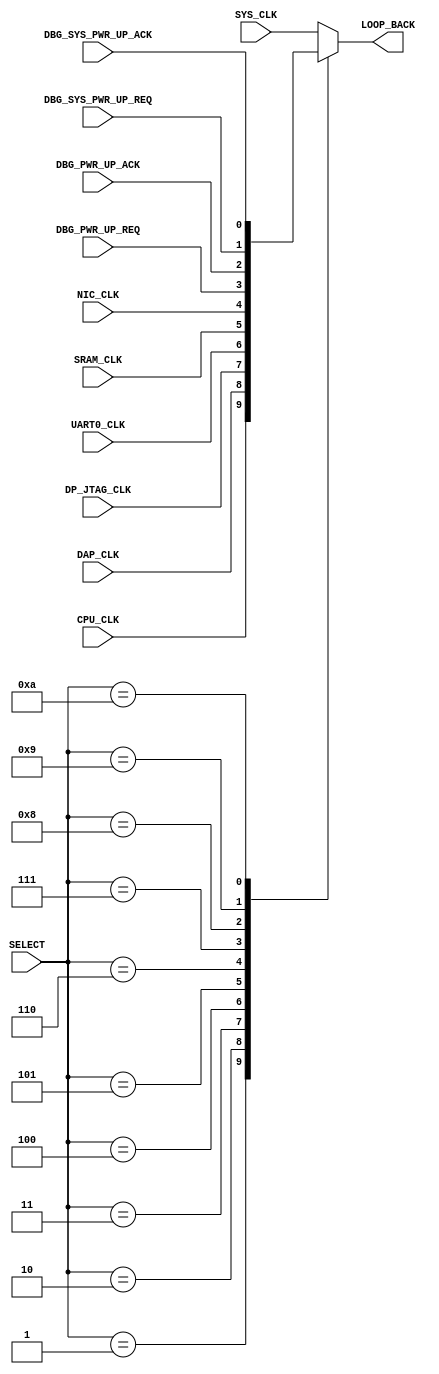
//-----------------------------------------------------------------------------
// Verilog 2001 (IEEE Std 1364-2001)
//-----------------------------------------------------------------------------
// Purpose: LoopBack Control
//------------------------------------------------------------------------------
//
//------------------------------------------------------------------------------
module AhaLoopBackGen (
  input   wire  [3:0]     SELECT,

  // Clocks
  input   wire            SYS_CLK,
  input   wire            CPU_CLK,
  input   wire            DAP_CLK,
  input   wire            DP_JTAG_CLK,
  input   wire            UART0_CLK,
  input   wire            SRAM_CLK,
  input   wire            NIC_CLK,

  // Debug Signals
  input   wire            DBG_PWR_UP_REQ,
  input   wire            DBG_PWR_UP_ACK,

  input   wire            DBG_SYS_PWR_UP_REQ,
  input   wire            DBG_SYS_PWR_UP_ACK,

  // Output
  output  wire            LOOP_BACK
);

  reg chosen;

  always @(*) begin
    chosen = SYS_CLK;
    case (SELECT)
      4'd0:  chosen = SYS_CLK;
      4'd1:  chosen = CPU_CLK;
      4'd2:  chosen = DAP_CLK;
      4'd3:  chosen = DP_JTAG_CLK;
      4'd4:  chosen = UART0_CLK;
      4'd5:  chosen = SRAM_CLK;
      4'd6:  chosen = NIC_CLK;
      4'd7:  chosen = DBG_PWR_UP_REQ;
      4'd8:  chosen = DBG_PWR_UP_ACK;
      4'd9:  chosen = DBG_SYS_PWR_UP_REQ;
      4'd10: chosen = DBG_SYS_PWR_UP_ACK;
    endcase
  end

  assign LOOP_BACK = chosen;

endmodule